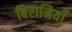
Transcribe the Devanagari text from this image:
बिरानियाँ